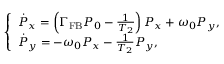
\left\{ \begin{array} { l } { \dot { P } _ { x } = \left( \Gamma _ { \mathrm { F B } } P _ { 0 } - \frac { 1 } { T _ { 2 } } \right) P _ { x } + \omega _ { 0 } P _ { y } , } \\ { \dot { P } _ { y } = - \omega _ { 0 } P _ { x } - \frac { 1 } { T _ { 2 } } P _ { y } , } \end{array} \right.